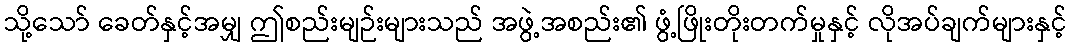
သို့သော် ခေတ်နှင့်အမျှ ဤစည်းမျဉ်းများသည် အဖွဲ့အစည်း၏ ဖွံ့ဖြိုးတိုးတက်မှုနှင့် လိုအပ်ချက်များနှင့်